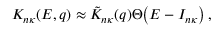
K _ { n \kappa } { \left( E , q \right) } \approx \tilde { K } _ { n \kappa } { \left( q \right) } \Theta { \left( E - I _ { n \kappa } \right) } \, ,